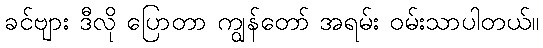
ခင်ဗျား ဒီလို ပြောတာ ကျွန်တော် အရမ်း ဝမ်းသာပါတယ်။